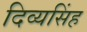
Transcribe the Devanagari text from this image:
दिव्यसिंह